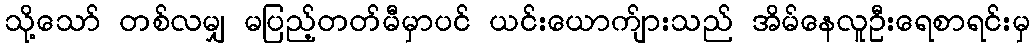
သို့သော် တစ်လမျှ မပြည့်တတ်မီမှာပင် ယင်းယောက်ျားသည် အိမ်နေလူဦးရေစာရင်းမှ